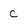
Character: C